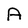
Character: A